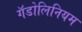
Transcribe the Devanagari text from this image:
गॅडोलिनियम